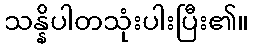
သန္နိပါတသုံးပါးပြီး၏။